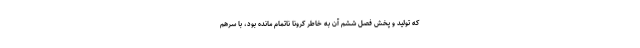
که تولید و پخش فصل ششم آن به خاطر کرونا ناتمام مانده بود، با سرهم